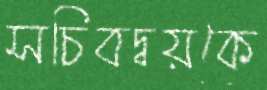
সচিবদ্বয়কে